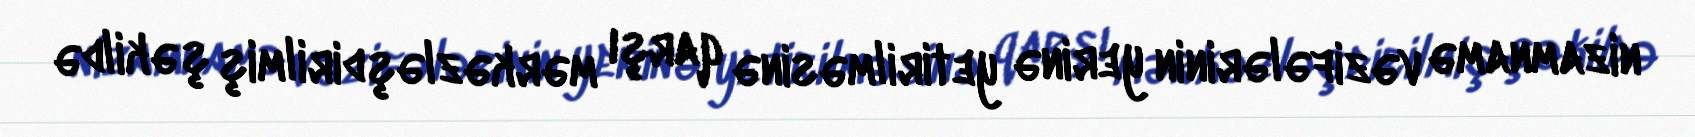
nizamnamə vəzifələrinin yerinə yetirilməsinə qarşı mərkəzləşdirilmiş şəkildə